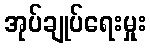
အုပ်ချုပ်ရေးမှုး